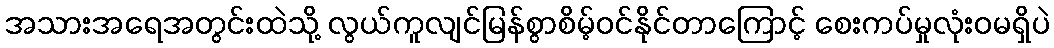
အသားအရေအတွင်းထဲသို့ လွယ်ကူလျင်မြန်စွာစိမ့်ဝင်နိုင်တာကြောင့် စေးကပ်မှုလုံးဝမရှိပဲ